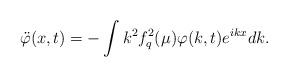
LaTeX: \begin{align*}\ddot \varphi (x,t)=-\int k^{2}f_{q}^{2}(\mu )\varphi (k,t)e^{ikx}dk.\end{align*}